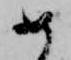
め